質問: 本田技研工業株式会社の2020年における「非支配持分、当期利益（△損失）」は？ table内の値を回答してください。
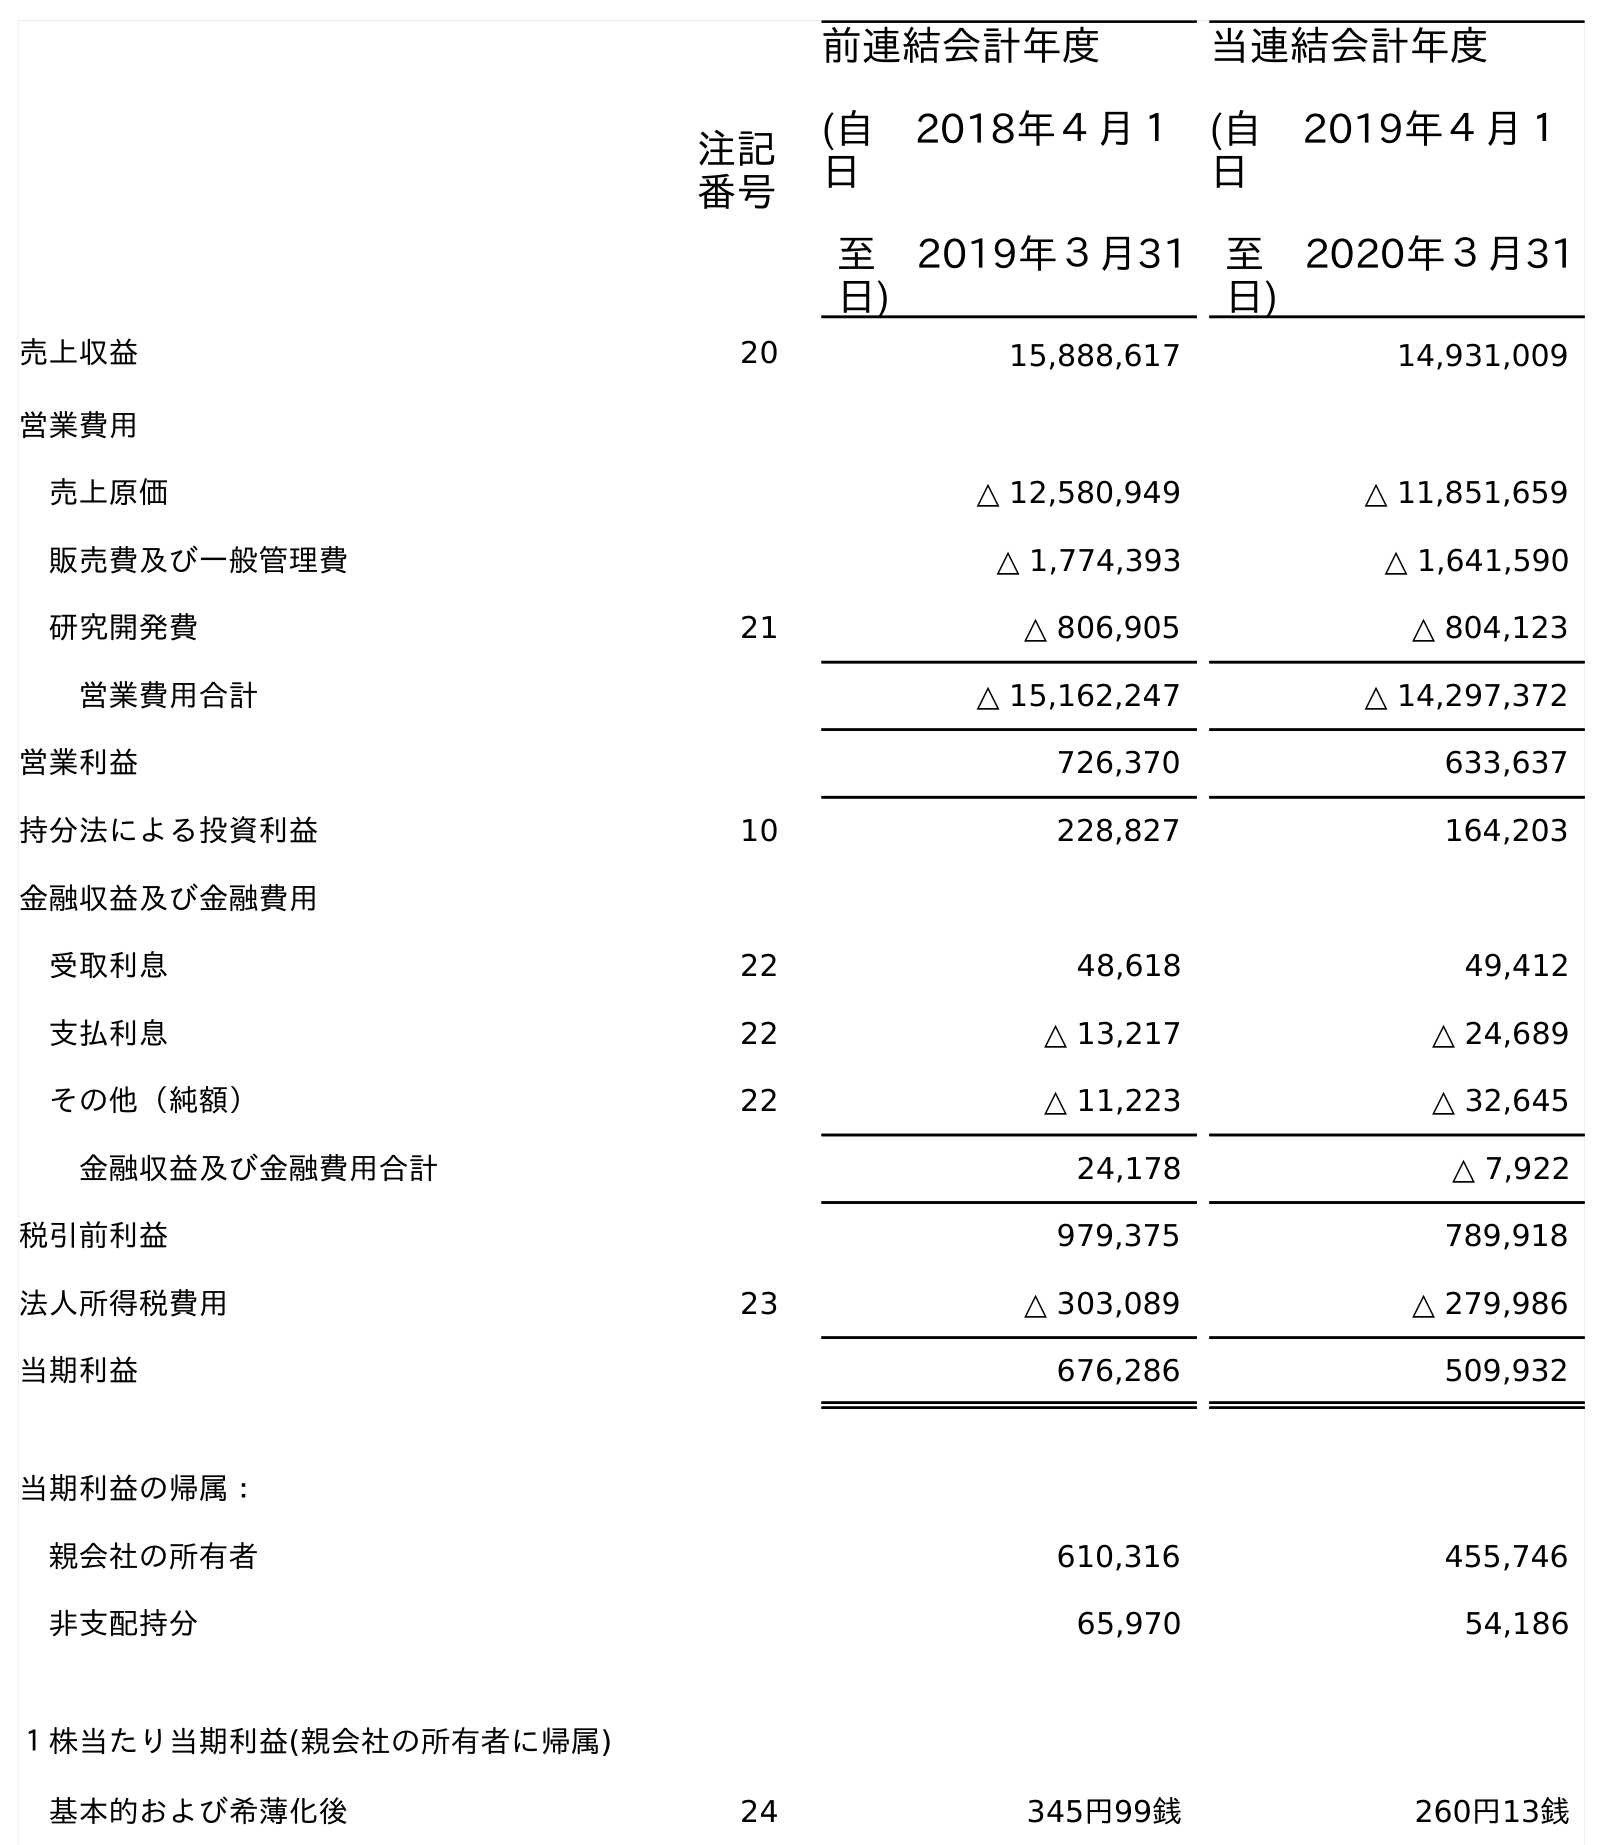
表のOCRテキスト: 注記 番号 前連結会計年度 (自 2018年４月１ 日 至 2019年３月31 日) 当連結会計年度 (自 2019年４月１ 日 至 2020年３月31 日) 売上収益 20 15,888,617 14,931,009 営業費用 売上原価 △ 12,580,949 △ 11,851,659 販売費及び一般管理費 △ 1,774,393 △ 1,641,590 研究開発費 21 △ 806,905 △ 804,123 営業費用合計 △ 15,162,247 △ 14,297,372 営業利益 726,370 633,637 持分法による投資利益 10 228,827 164,203 金融収益及び金融費用 受取利息 22 48,618 49,412 支払利息 22 △ 13,217 △ 24,689 その他（純額） 22 △ 11,223 △ 32,645 金融収益及び金融費用合計 24,178 △ 7,922 税引前利益 979,375 789,918 法人所得税費用 23 △ 303,089 △ 279,986 当期利益 676,286 509,932 当期利益の帰属： 親会社の所有者 610,316 455,746 非支配持分 65,970 54,186 １株当たり当期利益(親会社の所有者に帰属) 基本的および希薄化後 24 345円99銭 260円13銭
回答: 54,186